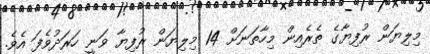
މިލިޔަން ރުފިޔާގެ ތެރެއިން މިހާތަނަށް 14 މިލިޔަން ރުފިޔާ ވަނީ ހަރަދުވެފަ އެވެ.